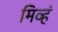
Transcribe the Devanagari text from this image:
मिव्हं